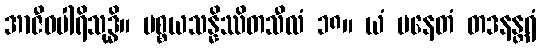
အာဇီဝပါရိသုဒ္ဓိ။ ပစ္စယသန္နိဿိတသီလံ ၁၈။ ယံ ပနေတံ တဒနန္တရံ